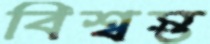
বিশ্বস্ত